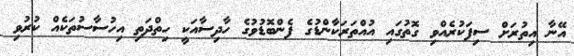
އޭނާ އިތުރަށް ސިފަކުރެއްވި ގޮތުގައި އުއްތަރަކާންޑުގެ ފެންބޮޑުވުުގެ ހާދިސާއަކީ ހިތްދަތި އިހުސާސުތަކެއް ކުރުވި